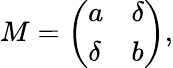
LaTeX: M=\left(\begin{array}{ll}{{a}}&{{\delta}}\\ {{\delta}}&{{b}}\end{array}\right),